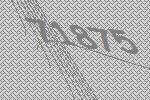
71875